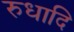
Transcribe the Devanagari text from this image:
रुधादि